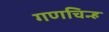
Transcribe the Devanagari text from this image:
गणचिन्ह